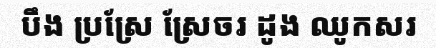
បឹង ប្រស្រែ ស្រែចរ ដូង ឈូកសរ